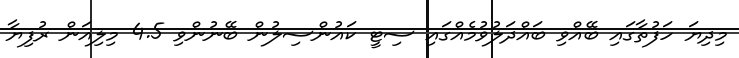
މިދިޔަ ހަފުތާގައި ބޭއްވި ބައްދަލުވުމެއްގައި ސިޓީ ކައުންސިލުން ބޭނުންވި 4.5 މިލިއަން ރުފިޔާ